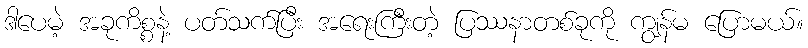
ဒါပေမဲ့ အခုကိစ္စနဲ့ ပတ်သက်ပြီး အရေးကြီးတဲ့ ပြဿနာတစ်ခုကို ကျွန်မ ပြောမယ်။